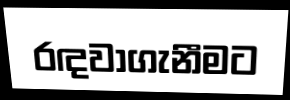
රඳවාගැනීමට